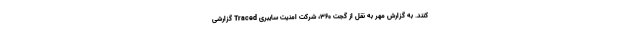
کنند. به گزارش مهر به نقل از گجت ۳۶۰، شرکت امنیت سایبری Traced گزارشی